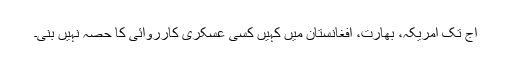
آج تک امریکہ، بھارت، افغانستان میں کہیں کسی عسکری کارروائی کا حصہ نہیں بنی۔